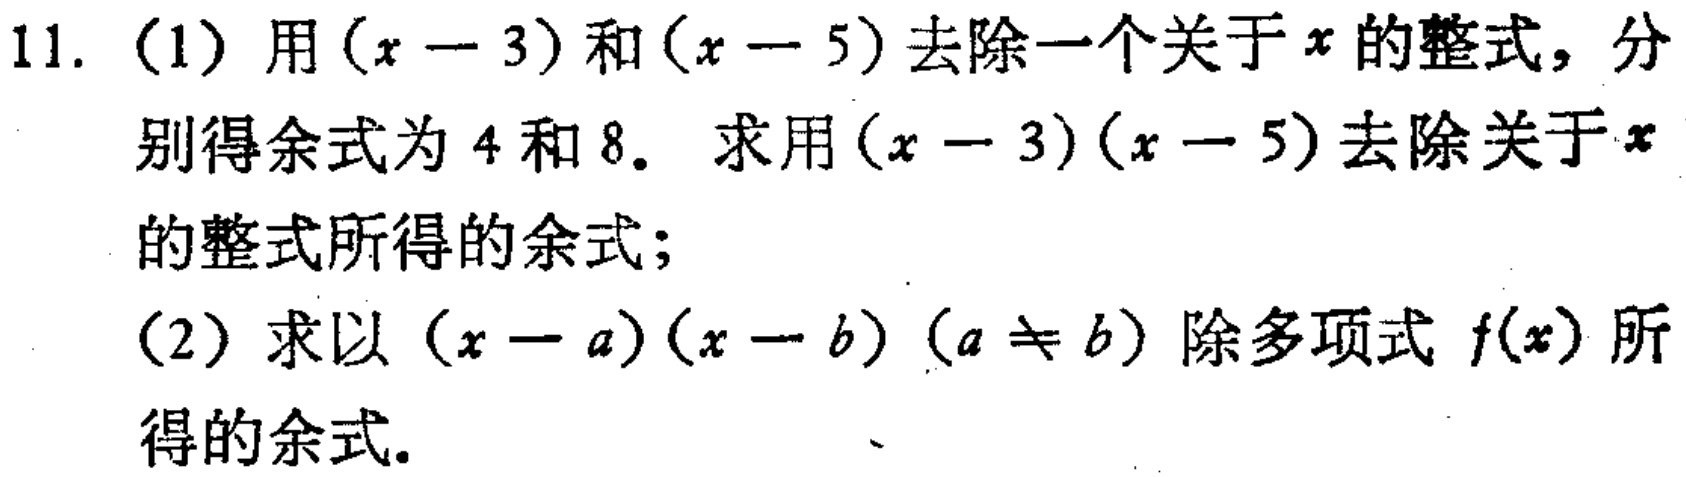
11. (1) 用\((x - 3)\)和\((x - 5)\)去除一个关于\(x\)的整式，分别得余式为\(4\)和\(8\)。求用\((x - 3)(x - 5)\)去除关于\(x\)的整式所得的余式；

(2) 求以\((x - a)(x - b)\) (\(a\neq b\)) 除多项式\(f(x)\)所得的余式。